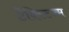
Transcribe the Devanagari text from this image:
टैक्स्टिज्म